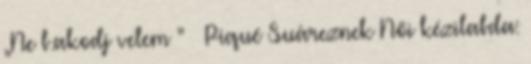
„Ne b.akodj velem ” – Piqué Suáreznek Női kézilabda: